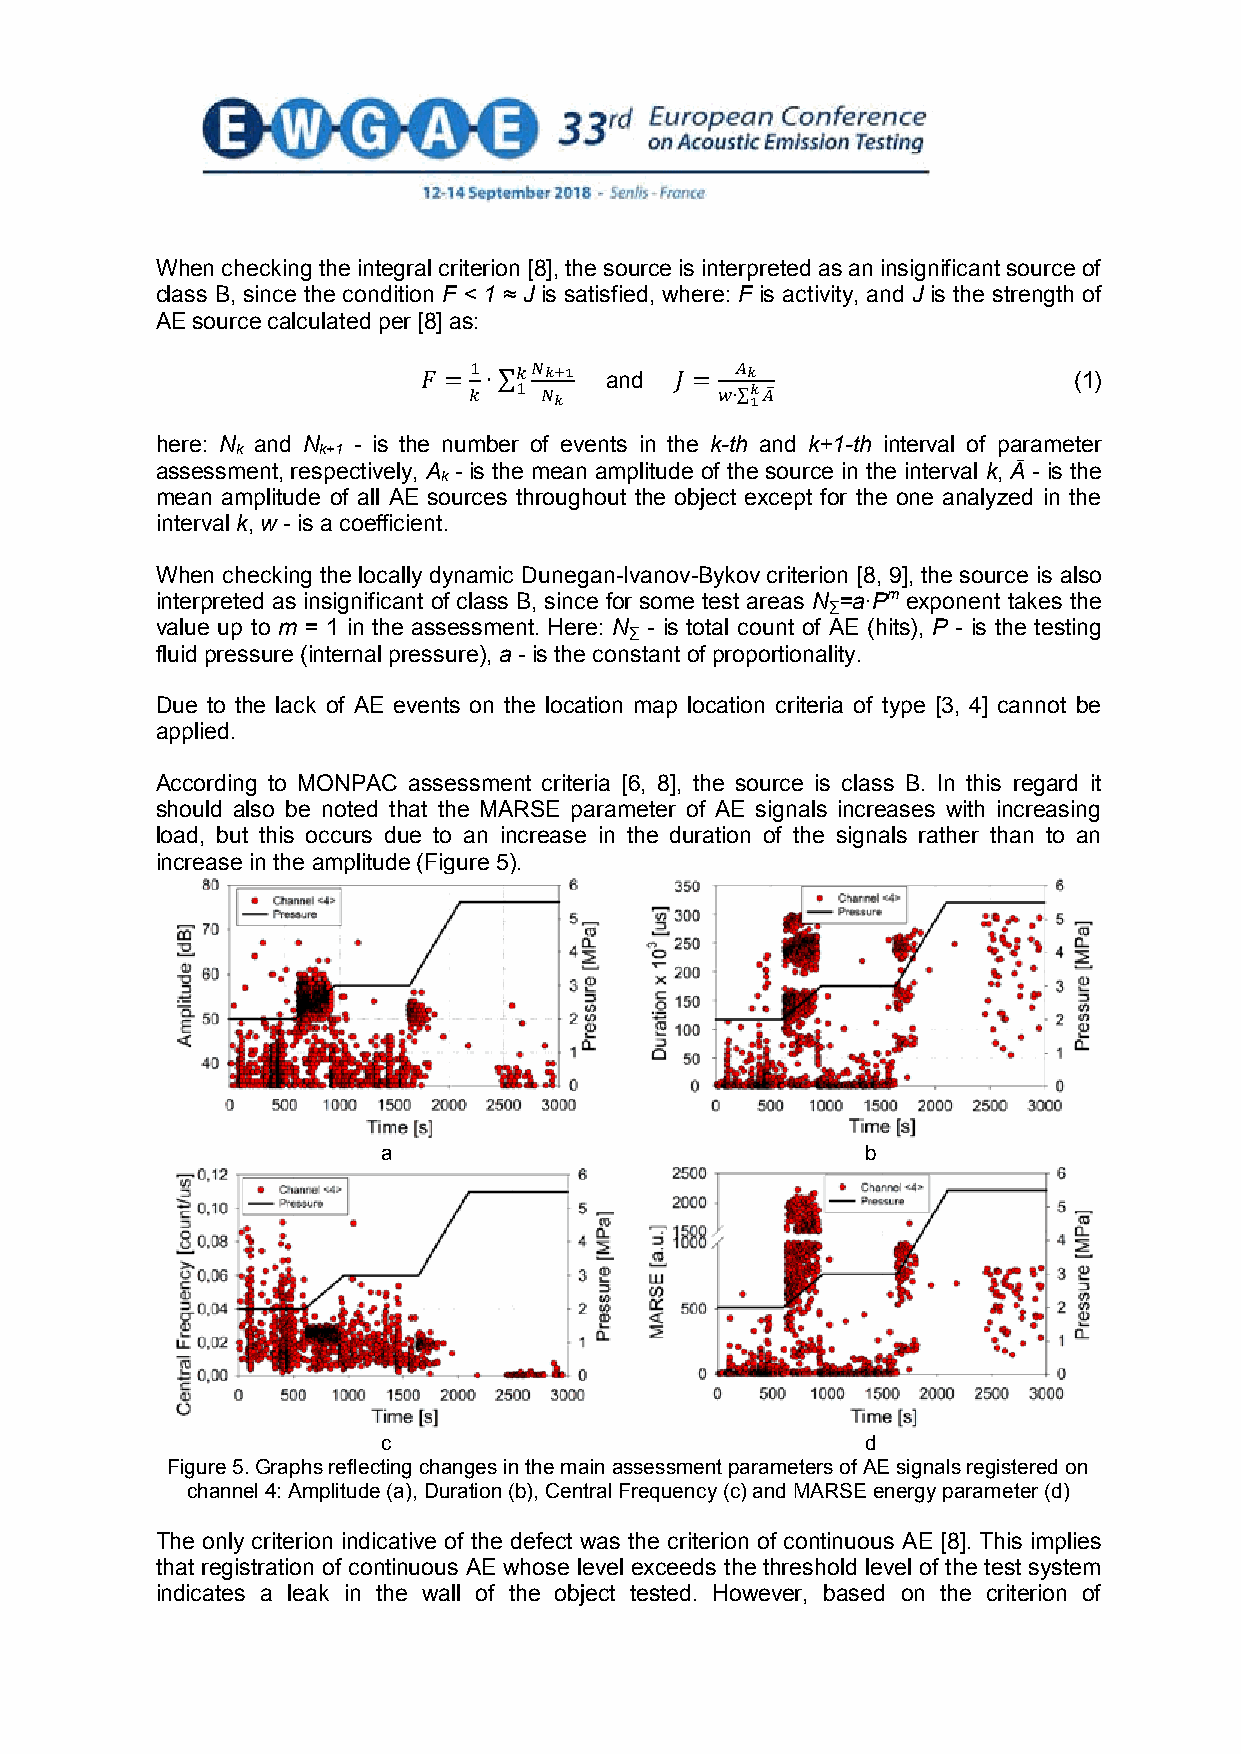
When checking the integral criterion [8], the source is interpreted as an insignificant source of
 class B, since the condition F < 1 ≈ J is satisfied, where: F is activity, and J is the strength of
 AE source calculated per [8] as:
 and                            (1)
 1  𝑘𝑘𝑁𝑁𝑘𝑘+1       𝐴𝐴𝑘𝑘
 𝐹𝐹 = 𝑘𝑘∙∑1 𝑁𝑁𝑘𝑘  𝐽𝐽 = 𝑤𝑤∙∑𝑘𝑘 1𝐴𝐴̅
 here: N and N - is the number of events in the k-th and k+1-th interval of parameter
 k    k+1
 assessment, respectively, A - is the mean amplitude of the source in the interval k, Ā - is the
 k
 mean amplitude of all AE sources throughout the object except for the one analyzed in the
 interval k, w - is a coefficient.
 When checking the locally dynamic Dunegan-Ivanov-Bykov criterion [8, 9], the source is also
 interpreted as insignificant of class B, since for some test areas N =a∙Pm exponent takes the
 ∑
 value up to m = 1 in the assessment. Here: N - is total count of AE (hits), P - is the testing
 ∑
 fluid pressure (internal pressure), a - is the constant of proportionality.
 Due to the lack of AE events on the location map location criteria of type [3, 4] cannot be
 applied.
 According to MONPAC assessment criteria [6, 8], the source is class B. In this regard it
 should also be noted that the MARSE parameter of AE signals increases with increasing
 load, but this occurs due to an increase in the duration of the signals rather than to an
 increase in the amplitude (Figure 5).
 a                               b
 c                               d
 Figure 5. Graphs reflecting changes in the main assessment parameters of AE signals registered on
 channel 4: Amplitude (a), Duration (b), Central Frequency (c) and MARSE energy parameter (d)
 The only criterion indicative of the defect was the criterion of continuous AE [8]. This implies
 that registration of continuous AE whose level exceeds the threshold level of the test system
 indicates a leak in the wall of the object tested. However, based on the criterion of
 4